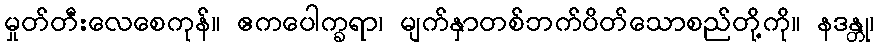
မှုတ်တီးလေစေကုန်။ ဧကပေါက္ခရာ၊ မျက်နှာတစ်ဘက်ပိတ်သောစည်တို့ကို။ နဒန္တု၊